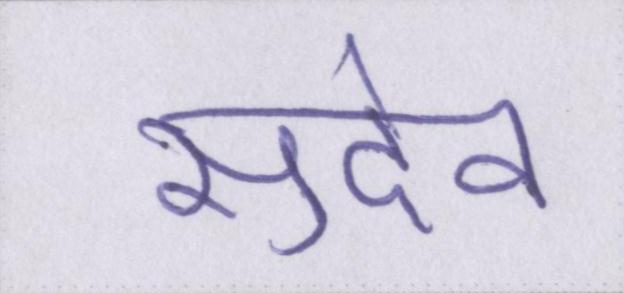
सुदेव